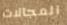
المجالات